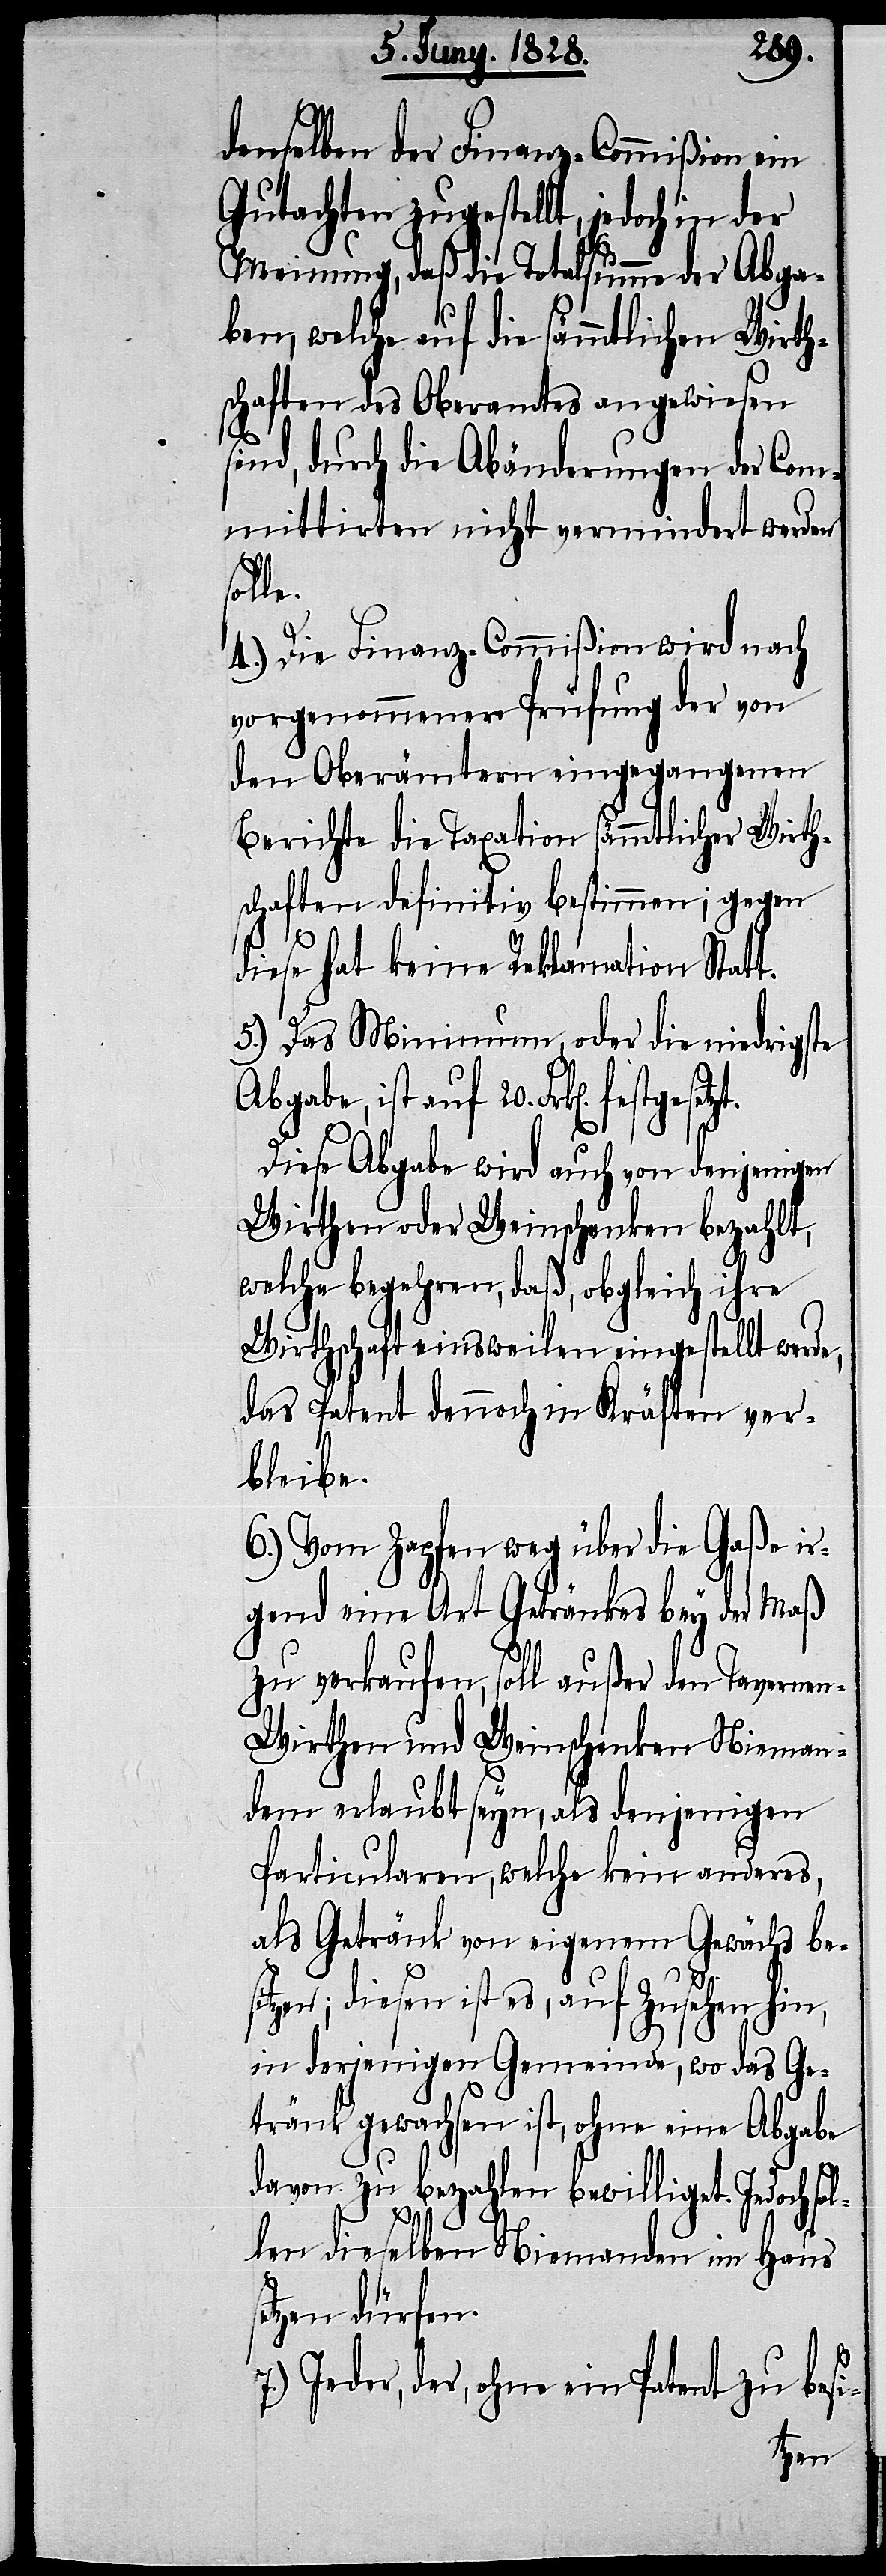
denselben der Finanz-Commißion ein
Gutachten zugestellt, jedoch in der
Meinung, daß die Totalsumme der Abga¬
ben, welche auf die sämmtlichen Wirth¬
schaften des Oberamtes angewiesen
sind, durch die Abänderungen der Com¬
mittirten nicht vermindert werden
ol¬
4.) Die Finanz-Commißion wird nach
vorgenommener Prüfung der von
den Oberämtern eingegangenen
Berichte die Taxation sämmtlicher Wirth¬
schaften definitiv bestimmen; gegen
diese hat keine Reklamation Statt.
5.) Das Minimum, oder die niedrigste
Abgabe, ist auf 20. Frk[en].
Diese Abgabe wird auch von denjenigen
Wirthen oder Weinschenken bezahlt,
welche begehren, daß, obgleich ihre
Wirthschaft einsweilen eingestellt werde,
das Patent dennoch in Kräften ver¬
bleibe.
6.) Vom Zapfen weg über die Gaße ir¬
gend eine Art Getränkes bey der Maß
zu verkaufen, soll außer den Taverne¬
n-Wirthen und Weinschenken Nieman¬
dem erlaubt seyn, als denjenigen
Particularen, welche kein anderes,
als Getränk von eigenem Gewächs be¬
e.
sitzen; diesen ist es, auf Zusehen hin,
in derjenigen Gemeinde, wo das Ge¬
tränk gewachsen ist, ohne eine Abgabe
davon zu bezahlen bewilligt. Jedoch s¬
len dieselben Niemanden im Haus
setzen dürfen.
7.) Jeder, der, ohne ein Patent zu besi-